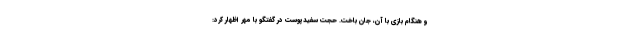
و هنگام بازی با آن، جان باخت. حجت سفیدپوست در گفتگو با مهر اظهار کرد: